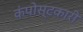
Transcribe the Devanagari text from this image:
कंपोस्टकारी